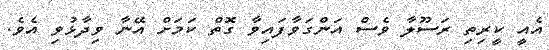
އެއީ ކީރިތި ރަސޫލާ ވެސް އަންގަވާފައިވާ ގޮތް ކަމަށް އޭނާ ވިދާޅުވި އެވެ.